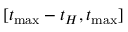
[ t _ { \operatorname* { m a x } } - t _ { H } , t _ { \operatorname* { m a x } } ]